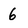
Character: 6